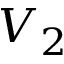
V _ { 2 }